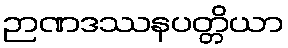
ဉာဏဒဿနပတ္တိယာ